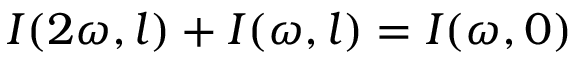
I ( 2 \omega , l ) + I ( \omega , l ) = I ( \omega , 0 )